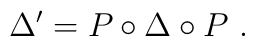
\Delta'=P\circ\Delta\circ P~.